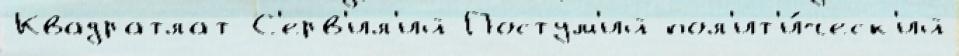
Квадратлат С'ерв'ил'ий Постум'ий пол'ит'и́ческ'ий